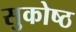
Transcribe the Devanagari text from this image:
सुकोष्ठ